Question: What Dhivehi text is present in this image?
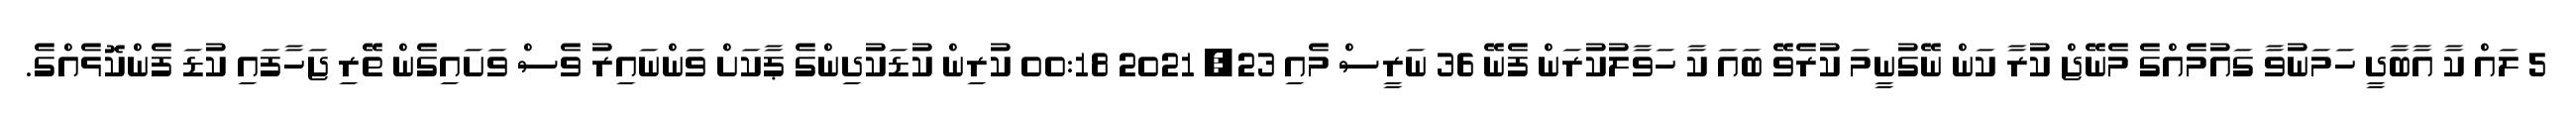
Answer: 5 ލައް ކާ އާބާދީ ހަމަނުވާ ގައުމެއްގެ މެނޭޖް ކުރާ ކަން ނޭގުނީމަ ކުރެވޭ ބައަ ކާ ހަވާލުކުރަން ފެނޭ 36 ނަރީސް މެއި 23, 2021 00:18 ކުރިން ކުޑަކުދިންގެ ޕާކަށް ވަންނައިރު ވެސް ވަށައިގެން ތޭރި ޖަހާފައި ކުޑަ ފެންކޮޅެއްގެ.